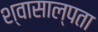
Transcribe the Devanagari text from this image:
श्वासाल्पता